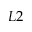
L 2